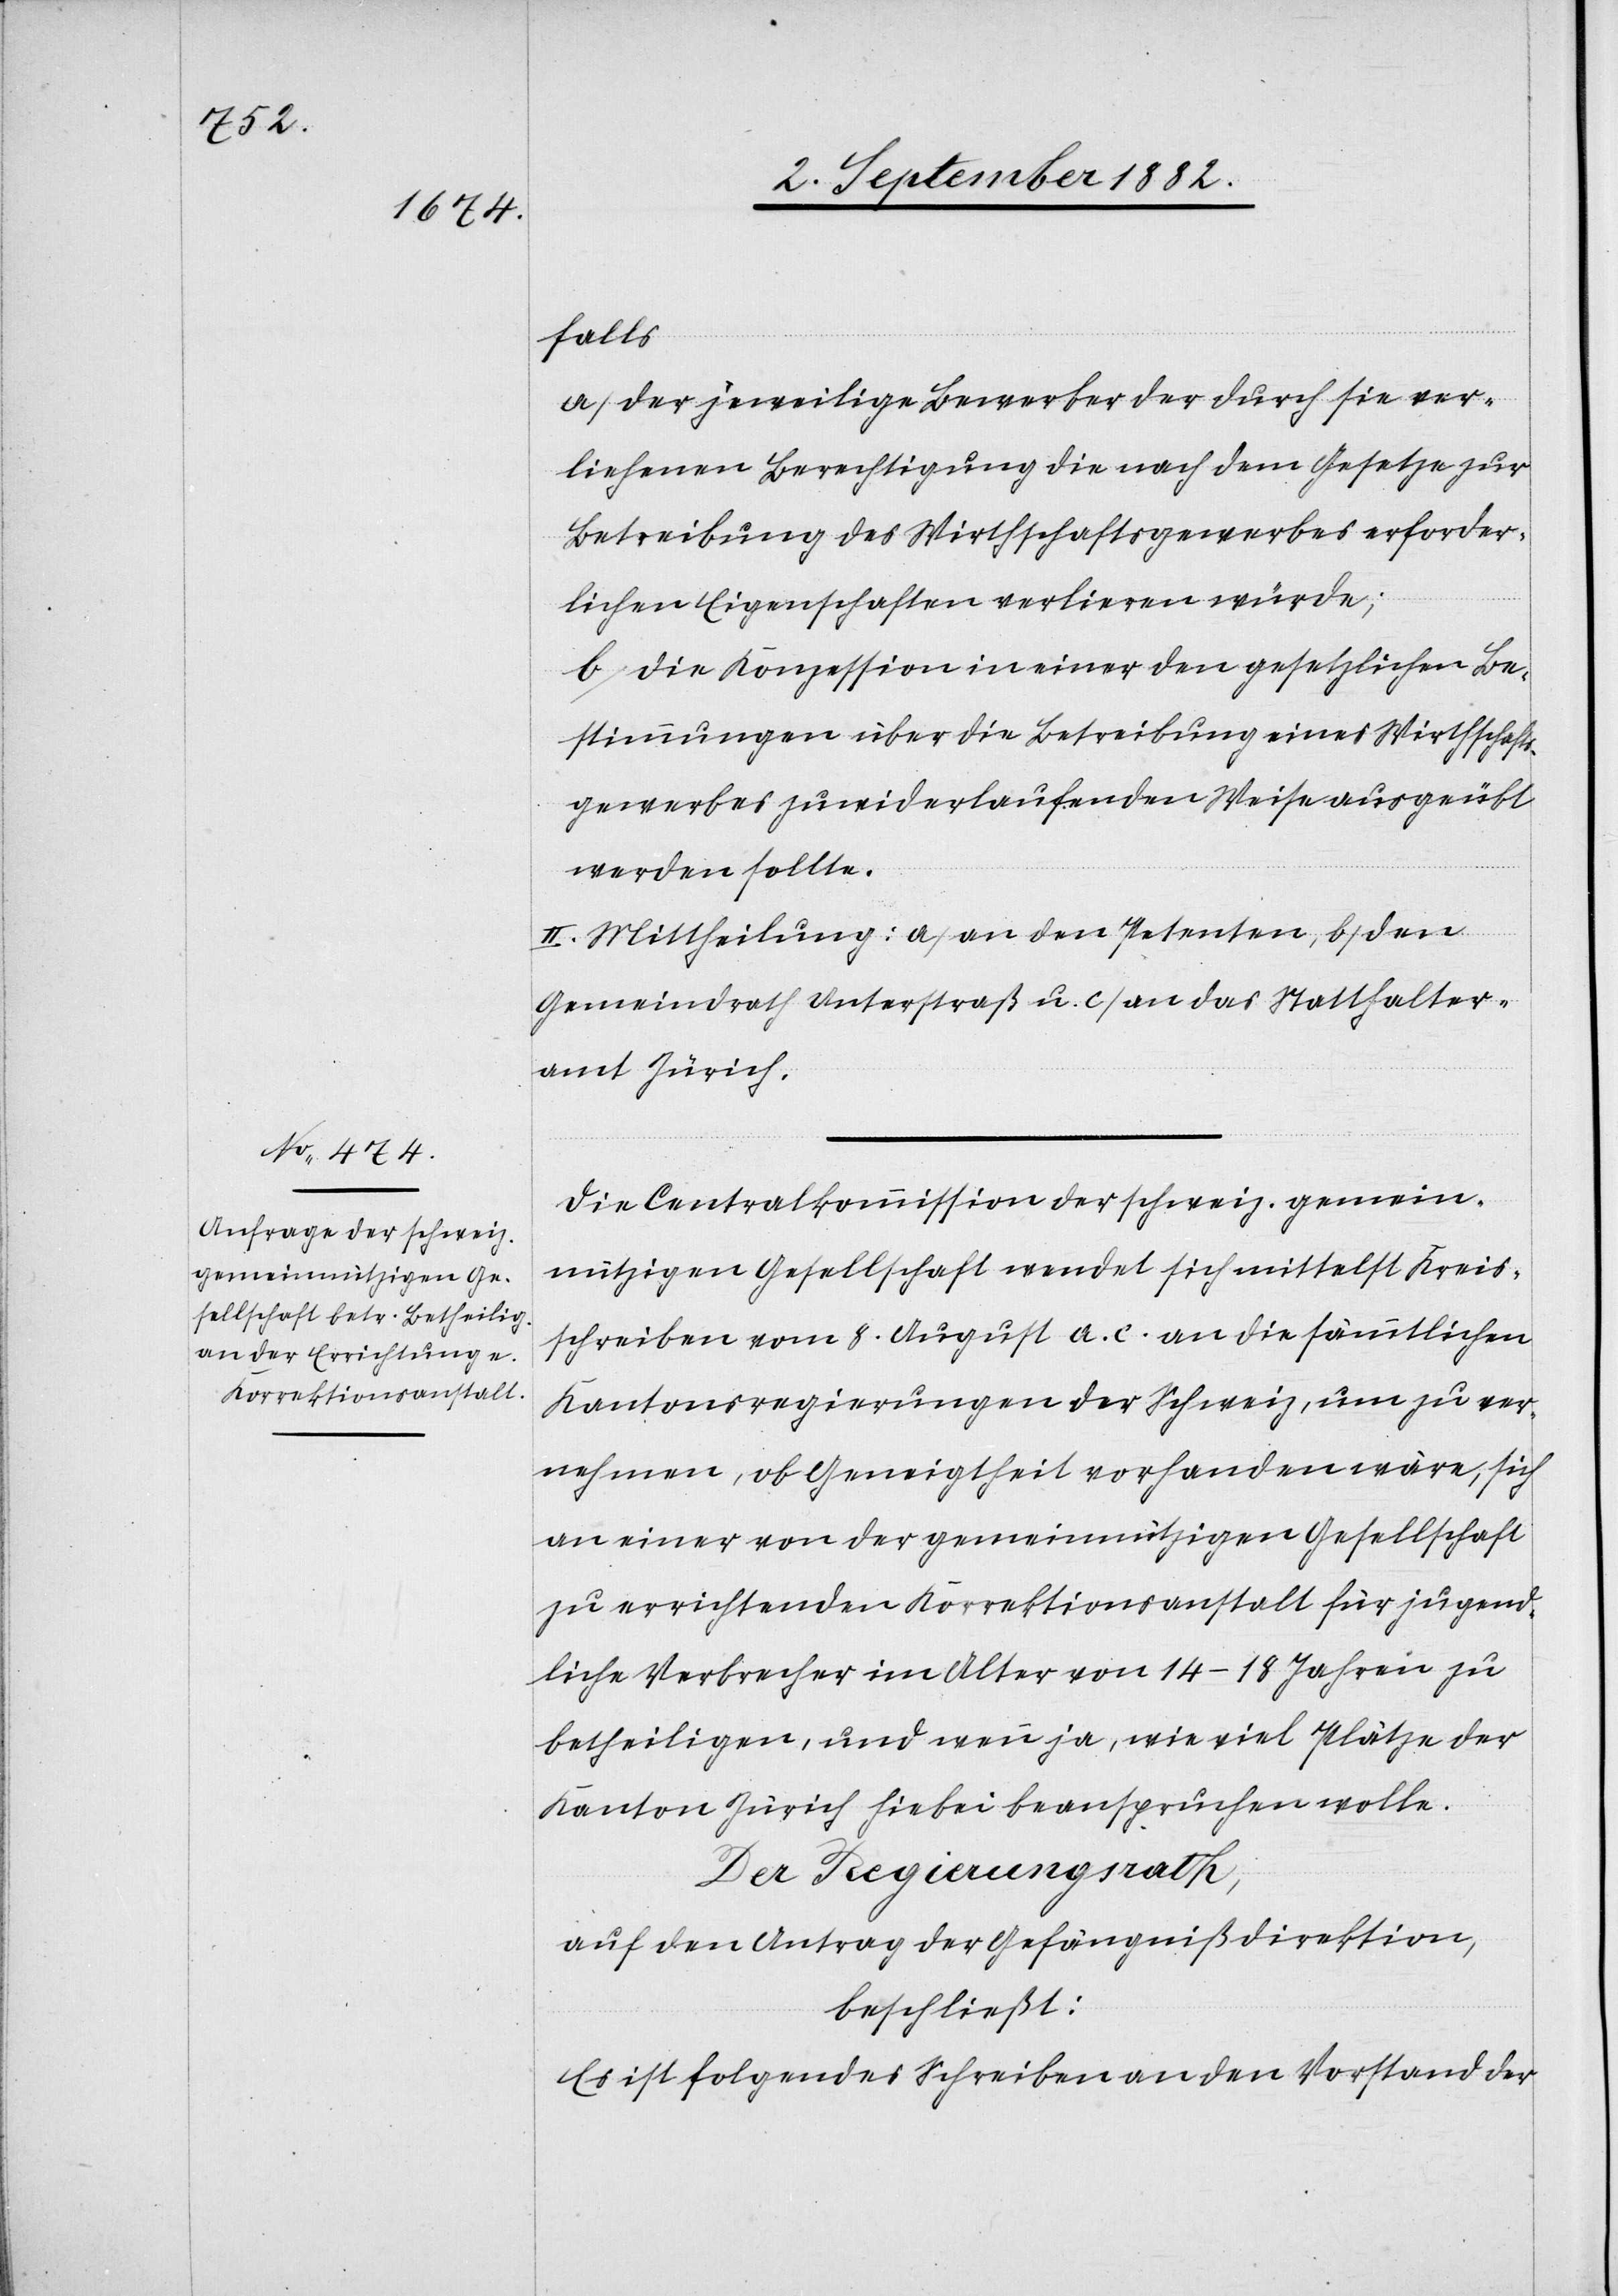
falls
a) der jeweilige Bewerber der durch sie ver¬
liehenen Berechtigung die nach dem Gesetze zur
Betreibung des Wirthschaftsgewerbes erforder¬
lichen Eigenschaften verlieren würde;
b) die Konzession in einer den gesetzlichen Be¬
stimmungen über die Betreibung eines Wirthschafts¬
gewerbes zuwiderlaufenden Weise ausgeübt
werden sollte.
III. Mittheilung: a) an den Petenten, b) den
Gemeindrath Unterstraß u. c) an das Statthalter¬
amt Zürich.
Die Centralkommission der schweiz. gemein¬
nützigen Gesellschaft wendet sich mittelst Kreis¬
schreiben vom 8. August a. c. an die sämmtlichen
Kantonsregierungen der Schweiz, um zu ver¬
nehmen, ob Geneigtheit vorhanden wäre, sich
an einer von der gemeinnützigen Gesellschaft
zu errichtenden Korrektionsanstalt für jugend¬
liche Verbrecher im Alter von 14–18 Jahren zu
betheiligen, und wenn ja, wie viel Plätze der
Kanton Zürich hiebei beanspruchen wolle.
Der Regierungsrath,
auf den Antrag der Gefängnißdirektion,
beschließt:
Es ist folgendes Schreiben an den Vorstand der